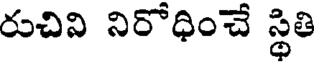
రుచివి నిరోధించే స్థితి